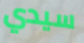
سيدي